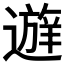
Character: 𰻔